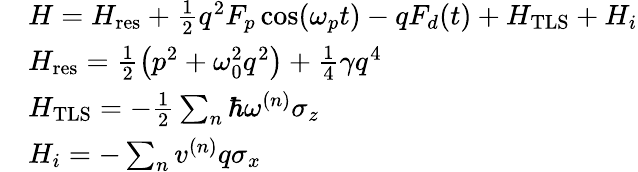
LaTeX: \begin{array}{rl}&{H=H_{\mathrm{res}}+\frac{1}{2}q^{2}F_{p}\cos(\omega_{p}t)-qF_{d}(t)+H_{\mathrm{TLS}}+H_{i}}\\ &{H_{\mathrm{res}}=\frac{1}{2}\left(p^{2}+\omega_{0}^{2}q^{2}\right)+\frac{1}{4}\gamma q^{4}}\\ &{H_{\mathrm{TLS}}=-\frac{1}{2}\sum_{n}{\hbar\omega^{(n)}\sigma_{z}}}\\ &{H_{i}=-\sum_{n}{v^{(n)}q\sigma_{x}}}\end{array}